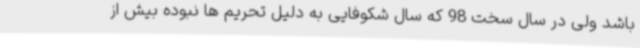
باشد ولی در سال سخت 98 که سال شکوفایی به دلیل تحریم ها نبوده بیش از